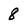
Character: 8